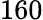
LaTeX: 160